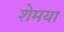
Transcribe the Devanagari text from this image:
शेमया